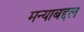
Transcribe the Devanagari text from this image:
मन्याबद्दल